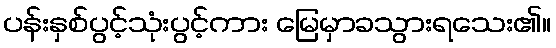
ပန်းနှစ်ပွင့်သုံးပွင့်ကား မြေမှာခသွားရသေး၏။